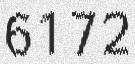
6172